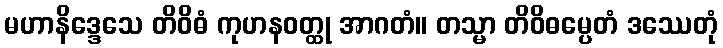
မဟာနိဒ္ဒေသေ တိဝိဓံ ကုဟနဝတ္ထု အာဂတံ။ တသ္မာ တိဝိဓမ္ပေတံ ဒဿေတုံ